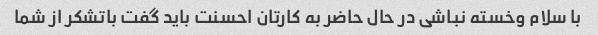
با سلام وخسته نباشی در حال حاضر به کارتان احسنت باید گفت باتشکر از شما